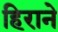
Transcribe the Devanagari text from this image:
हिराने